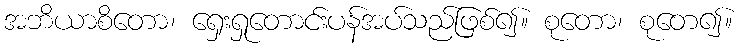
အဘိယာစိတော၊ ရှေးရှုတောင်းပန်အပ်သည်ဖြစ်၍။ စုတော၊ စုတေ၍။